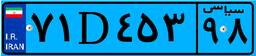
۷۱D۴۵۳۹۸